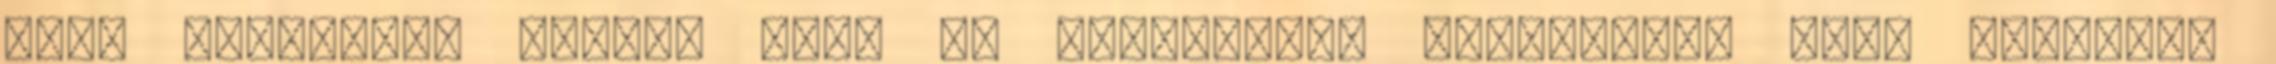
nagy szerelmet Béluci fia, az öreglegény irányában. Most azonban,